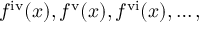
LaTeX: f ^ { \mathrm { i v } } ( x ) , f ^ { \mathrm { v } } ( x ) , f ^ { \mathrm { v i } } ( x ) , \ldots ,